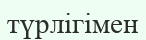
түрлігімен